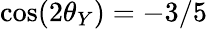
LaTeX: \cos(2\theta_{Y})=-3/5